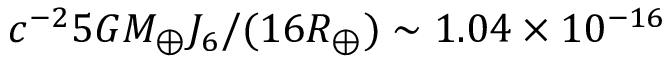
c ^ { - 2 } 5 G M _ { \oplus } J _ { 6 } / ( 1 6 R _ { \oplus } ) \sim 1 . 0 4 \times 1 0 ^ { - 1 6 }